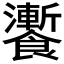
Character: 𩟗